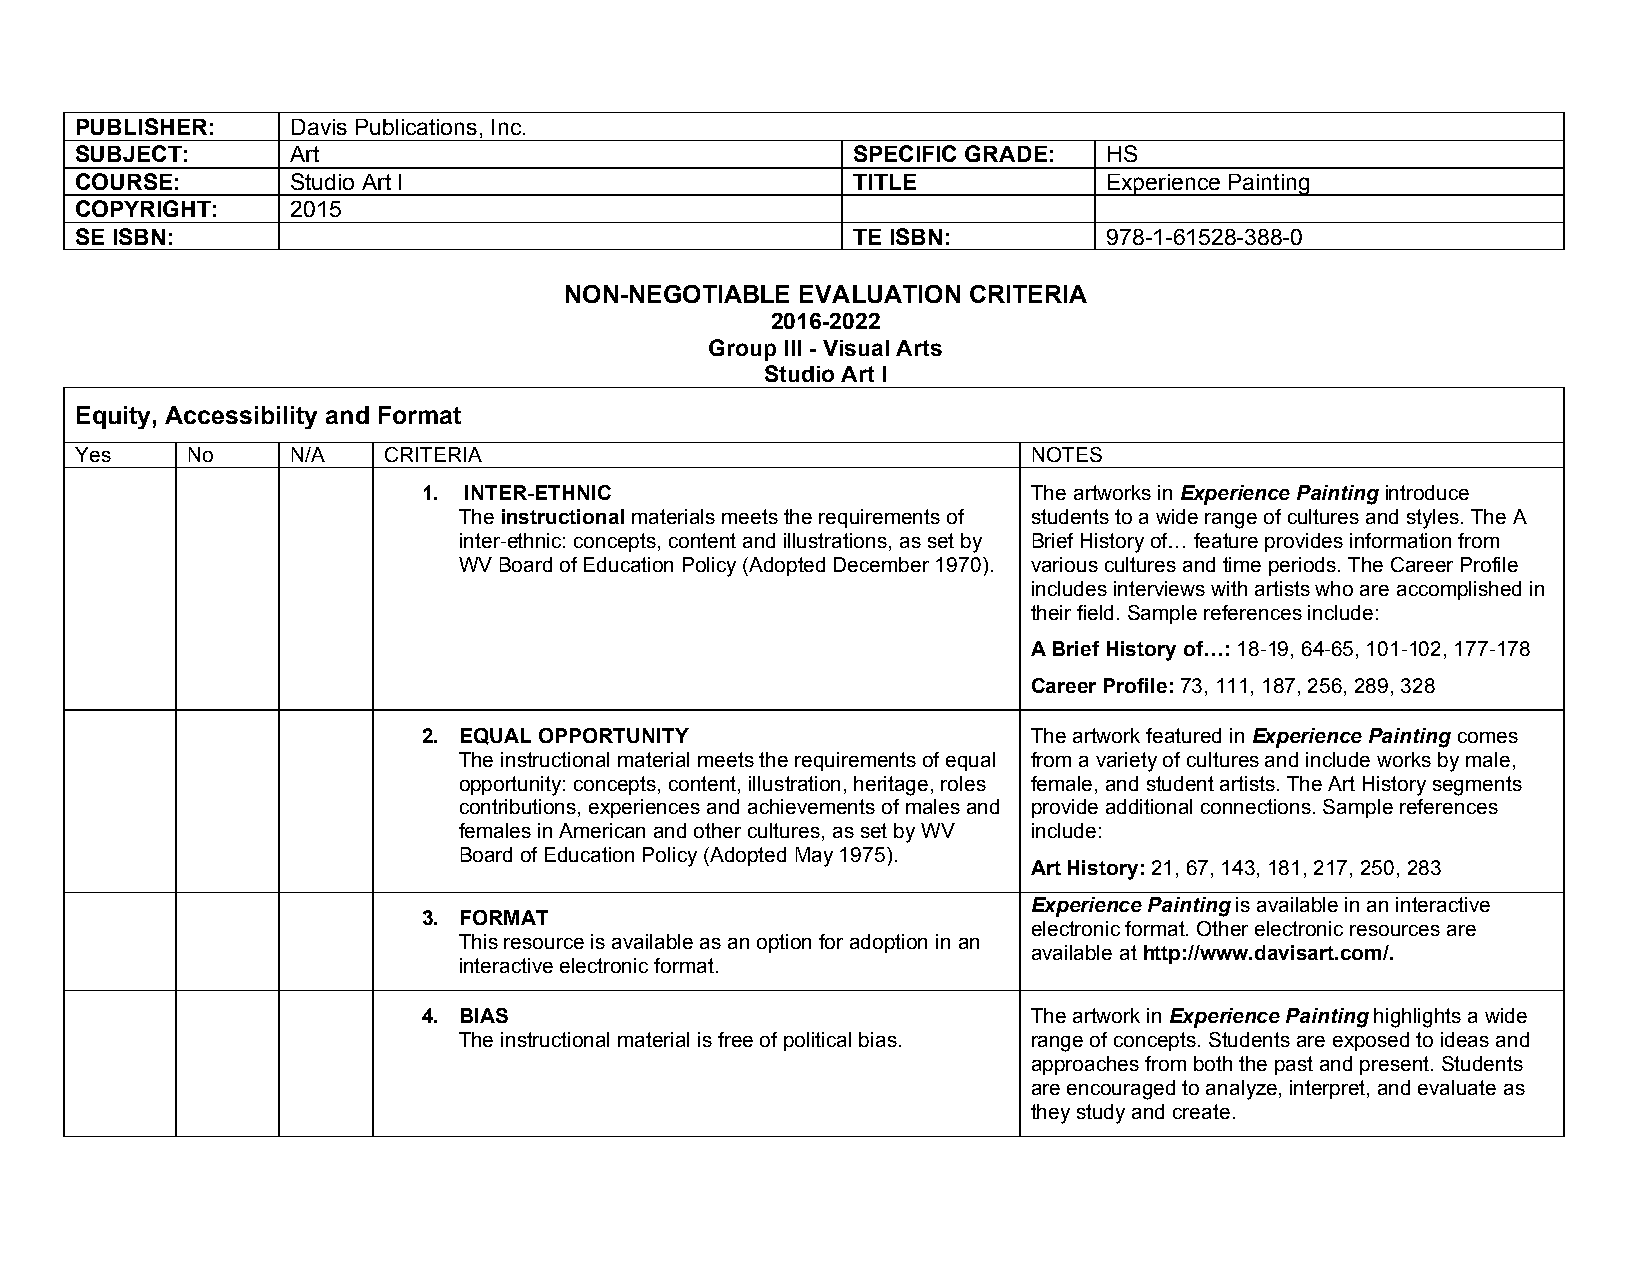
PUBLISHER:    Davis Publications, Inc.
 SUBJECT:      Art                                  SPECIFIC GRADE:  HS
 COURSE:       Studio Art I                         TITLE            Experience Painting
 COPYRIGHT:    2015
 SE ISBN:                                           TE ISBN:         978-1-61528-388-0
 NON-NEGOTIABLE  EVALUATION CRITERIA
 2016-2022
 Group III - Visual Arts
 Studio Art I
 Equity, Accessibility and Format
 Yes    No     N/A   CRITERIA                                   NOTES
 1. INTER-ETHNIC                         The artworks in Experience Painting introduce
 The instructional materials meets the requirements of students to a wide range of cultures and styles. The A
 inter-ethnic: concepts, content and illustrations, as set by Brief History of… feature provides information from
 WV Board of Education Policy (Adopted December 1970). various cultures and time periods. The Career Profile
 includes interviews with artists who are accomplished in
 their field. Sample references include:
 A Brief History of…: 18-19, 64-65, 101-102, 177-178
 Career Profile: 73, 111, 187, 256, 289, 328
 2. EQUAL OPPORTUNITY                    The artwork featured in Experience Painting comes
 The instructional material meets the requirements of equal from a variety of cultures and include works by male,
 opportunity: concepts, content, illustration, heritage, roles female, and student artists. The Art History segments
 contributions, experiences and achievements of males and provide additional connections. Sample references
 females in American and other cultures, as set by WV include:
 Board of Education Policy (Adopted May 1975).
 Art History: 21, 67, 143, 181, 217, 250, 283
 Experience Painting is available in an interactive
 3. FORMAT
 electronic format. Other electronic resources are
 This resource is available as an option for adoption in an
 available at http://www.davisart.com/.
 interactive electronic format.
 4. BIAS                                 The artwork in Experience Painting highlights a wide
 The instructional material is free of political bias. range of concepts. Students are exposed to ideas and
 approaches from both the past and present. Students
 are encouraged to analyze, interpret, and evaluate as
 they study and create.